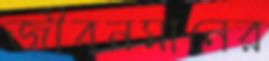
জীবনমানের